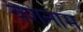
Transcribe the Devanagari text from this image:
वंशनाम